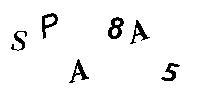
SPA8A5